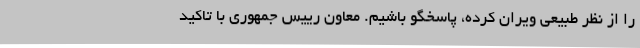
را از نظر طبیعی ویران کرده، پاسخگو باشیم. معاون رییس جمهوری با تاکید